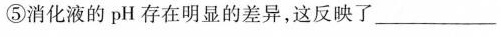
⑤消化液的pH存在明显的差异，这反映了______